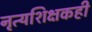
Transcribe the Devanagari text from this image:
नृत्यशिक्षकही